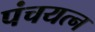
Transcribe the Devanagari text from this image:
पंचयत्न